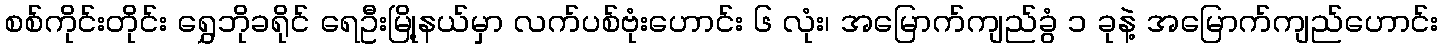
စစ်ကိုင်းတိုင်း ရွှေဘိုခရိုင် ရေဦးမြို့နယ်မှာ လက်ပစ်ဗုံးဟောင်း ၆ လုံး၊ အမြောက်ကျည်ခွံ ၁ ခုနဲ့ အမြောက်ကျည်ဟောင်း